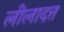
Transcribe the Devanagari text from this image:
लीलादत्त